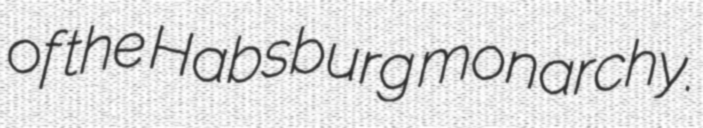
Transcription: of the Habsburg monarchy.